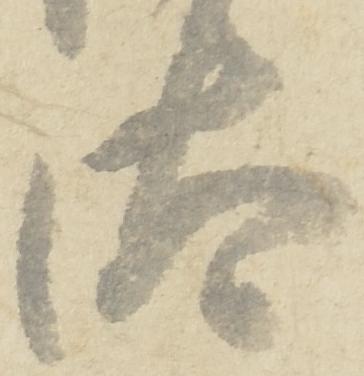
汰